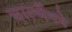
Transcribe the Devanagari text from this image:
चार्ल्मैगने